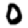
Digit: 0